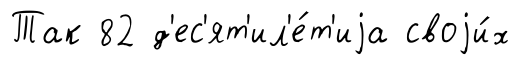
Так 82 д'ес'ят'ил'е́т'иjа своjи́х